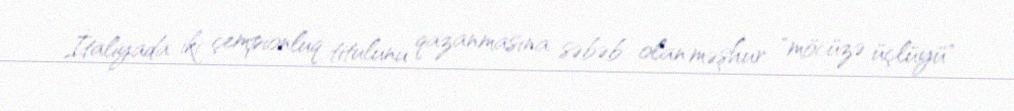
İtaliyada iki çempionluq titulunu qazanmasına səbəb olan məşhur "möcüzə üçlüyü"